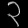
Digit: ၃